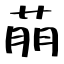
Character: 萠